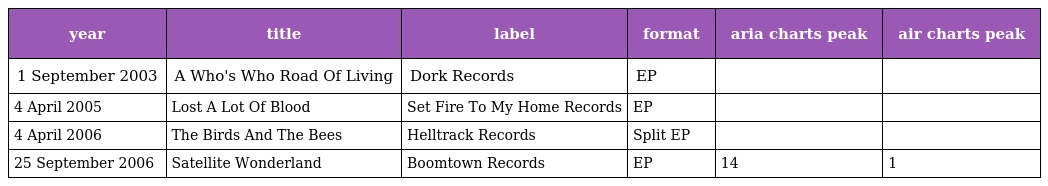
| year | title | label | format | aria charts peak | air charts peak |
 | --- | --- | --- | --- | --- | --- |
 | 1 September 2003 | A Who's Who Road Of Living | Dork Records | EP |  |  |
 | 4 April 2005 | Lost A Lot Of Blood | Set Fire To My Home Records | EP |  |  |
 | 4 April 2006 | The Birds And The Bees | Helltrack Records | Split EP |  |  |
 | 25 September 2006 | Satellite Wonderland | Boomtown Records | EP | 14 | 1 |